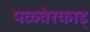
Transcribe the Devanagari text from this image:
पळवेरकाड्